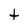
Character: t